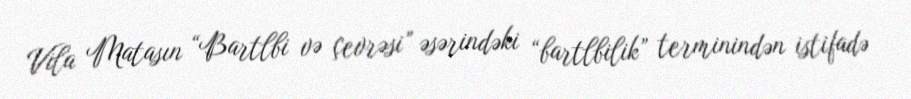
Vila Matasın “Bartlbi və çevrəsi” əsərindəki “bartlbilik” terminindən istifadə